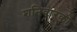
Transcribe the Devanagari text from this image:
शनिवारको